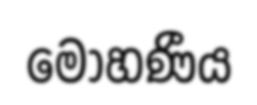
මෝහණීය